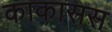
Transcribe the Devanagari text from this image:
काकासस